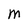
Character: M